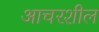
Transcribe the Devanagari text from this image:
आचरशील